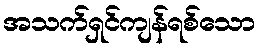
အသက်ရှင်ကျန်ရစ်သော